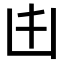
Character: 𠙹